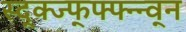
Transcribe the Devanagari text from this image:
स्द्क्ज्फ्फ्फ्न्न्व्न